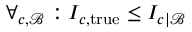
\begin{array} { r } { \forall _ { c , \mathcal { B } } : I _ { c , \mathrm { t r u e } } \le I _ { c | \mathcal { B } } } \end{array}